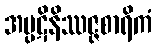
အပ္ပဋိနိဿဇ္ဇစာရိကံ